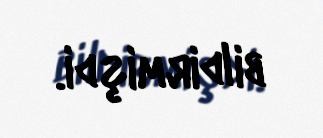
bildirmişdi.